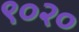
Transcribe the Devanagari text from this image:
९०२०